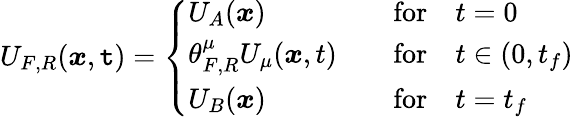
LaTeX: U_{F,R}({\boldsymbol{x}},\mathtt{t})=\left\{ \begin{array}{ll}{U_{A}({\boldsymbol{x}})}&{\quad\mathrm{for}\quad t=0}\\ {\theta_{F,R}^{\mu}U_{\mu}({\boldsymbol{x}},t)}&{\quad\mathrm{for}\quad t\in(0,t_{f})}\\ {U_{B}({\boldsymbol{x}})}&{\quad\mathrm{for}\quad t=t_{f}}\end{array}\right.